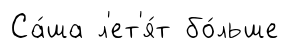
Са́ша л'ет'я́т бо́льше